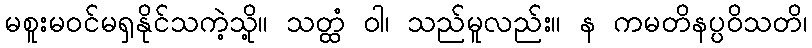
မစူးမဝင်မရှနိုင်သကဲ့သို့။ သတ္ထံ ဝါ၊ သည်မူလည်း။ န ကမတိနပ္ပဝိသတိ၊